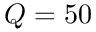
Q = 5 0